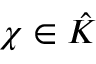
\chi \in { \hat { K } }